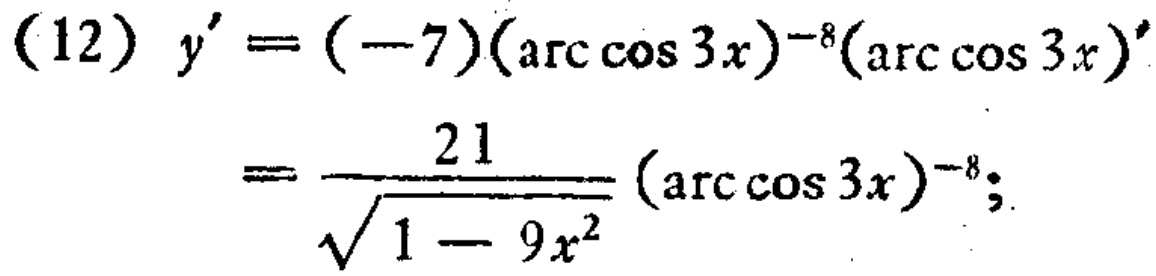
\[
\begin{align*}
(12)\ y'&=(-7)(\arccos 3x)^{-8}(\arccos 3x)'\\
&=\frac{21}{\sqrt{1 - 9x^{2}}}(\arccos 3x)^{-8};
\end{align*}
\]